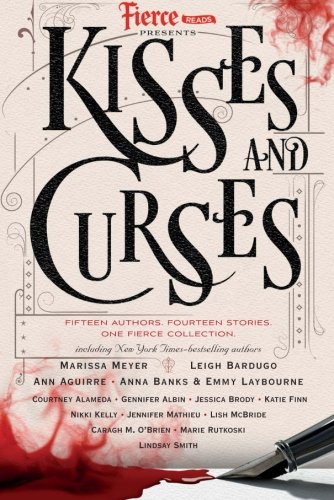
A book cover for Fierce Reads: Kisses and Curses; Teen & Young Adult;